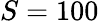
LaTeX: S=100